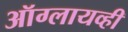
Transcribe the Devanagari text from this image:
ऑग्लायव्ही